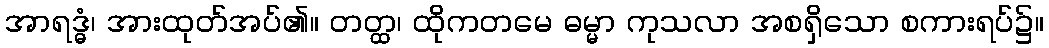
အာရဒ္ဓံ၊ အားထုတ်အပ်၏။ တတ္ထ၊ ထိုကတမေ ဓမ္မာ ကုသလာ အစရှိသော စကားရပ်၌။